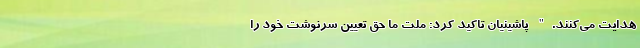
هدایت می‌کنند." پاشینیان تاکید کرد: ملت ما حق تعیین سرنوشت خود را